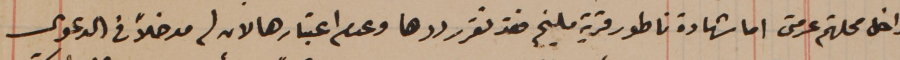
داخل محلتهم عرمتى اما شهادة ناطور قرية مليخ فقد تقرر ردها وعدم اعتبارها لان له مدخلاً فى الدعوى